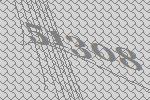
51308